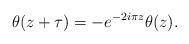
LaTeX: \begin{gather*}\theta(z+\tau)=- e^{-2i\pi z}\theta(z).\end{gather*}